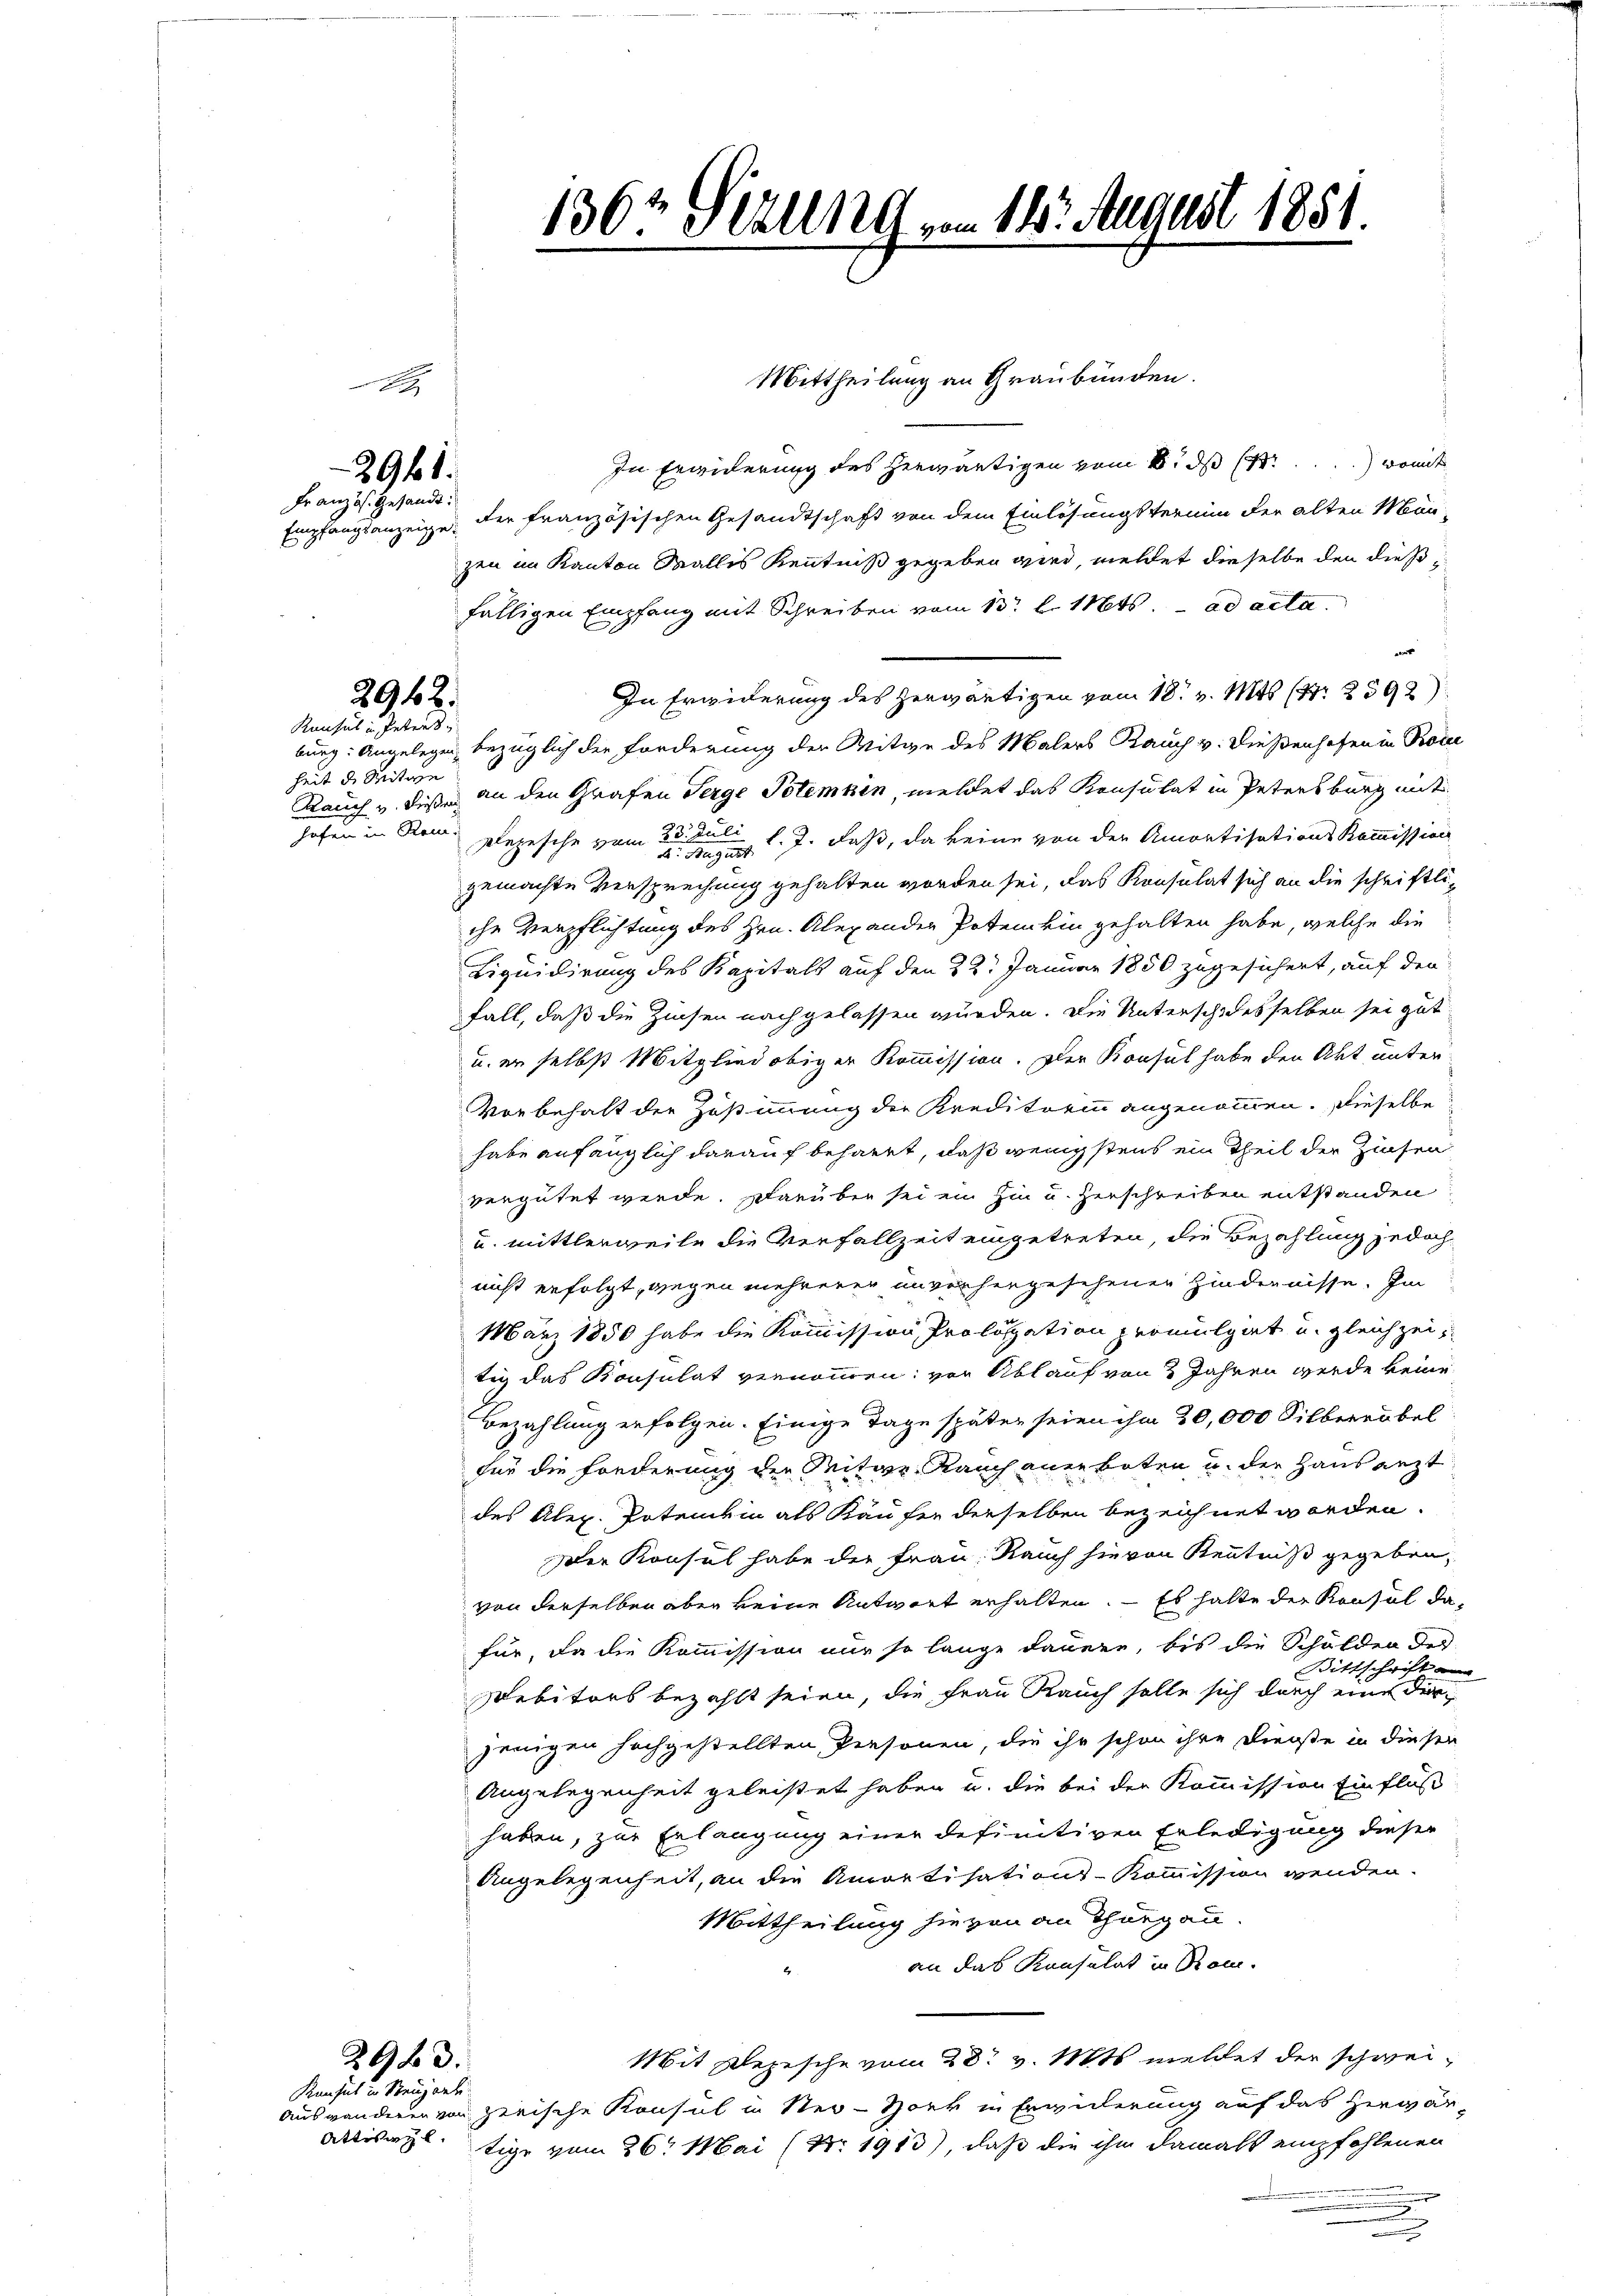
2961.
Französ. Gesandt:

2962.

Konsul in Peters
heit de Mitare

2983.

Konsul in Neugerli
Attiswyl

1363 Sezung vom 18. August 1851.

In Erwiderung des herwärtigen vom 16. ds. womit
Empfangsanzeige der französischen Gesandtschaft von dem Einlösungstermin der alten Manzen im Kanton Wallis Kenntniß gegeben wird, meldet dieselbe den dießfälligen Empfang mit Schreiben vom 13t d. Mts. ad acta
went
In Erwiderung des herwärtigen vom 18. v. Mts (S. 2592)
burg: Angelegen, bezüglich der Forderung der Witwe des Malers Rauch v. Dießenhofen in Proce
Rauch u. diese an den Grafen Serge Polemkin, meldet das Konsulat in Petersburg mit
hofen in Rom. Depesche vom 23. Juli l. J. daß, da keine von der Amortisations Kommission
gemachte Versprechung gehalten worden sei, das Konsulat sich an die schriftliche Verpflichtung des Hrn. Alexander Poten bin gehalten habe, welche die
Liquidirung des Kapitals auf den 22. Januar 1850 zugesichert, auf den
fall, daß die Zinsen nach gelassen wurden. Die Unterschidesselben sei gut
u. er selbst Mitglied obiger Kommission. Der Konsul habe den Akt unter-
Vorbehalt der Zustimmung der Kreditorin angenommen. Dieselbe
habe anfänglich darauf beharrt, daß wenigstens ein Theil der Zinsen
vergütet werde. Darüber sei ein hin u. herschreiben entstanden
u. mittlerweile die Verfallzeit eingetreten, die Bezahlung jedoch
nicht erfolgt, wegen mehrerer unverhergesehenen Hindernisse. Im
März 1850 habe die Kommission, Prologation permulgiet u. gleichzeitig das Konsulat vernommen: von Ablauf von 2 Jahren werde keine
Bezahlung erfolgen. Einige Tage später seien ihm 30,000 Silberröbel
für die Forderung der Mitar- Rauch anerboten u. der Haus lezt
des Alez. Potentin als Käufer derselben bezeichnet worden.
Der Konsul habe der Frau: Rauch hievon Kenntniß gegeben,
von derselben aber keine Antwort erhalten. — Es hatte der Konsul dafür, da die Kommission nur so lange dauere, bis die Schulden des
Bittschrift au
Debitors bezahlt seien, die Frau Rauch solle sich durch eine derjenigen hochgestellten Personen, die ihr schon ihre Dienste in diesen
Angelegenheit geleistet haben u. die bei der Kommission Einfluß
haben, zur Erlangung einer definitiven Erledigung dieser
Angelegenheit, an die Amortisations-Kommission wenden.
Mittheilung hievon an Thurgau.
an das Konsulat in Rom.
Mit Depesche vom 28t v. Mts. meldet der schwei¬
Auswanderen von zerische Konsul in Ster-Soer in Erwiderung auf das herwärtige vom 26. Mai (Nr. 1913), daß die ihm damals empfohlenen

Mittheilung an Graubünden.

e